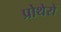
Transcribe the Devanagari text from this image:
प्रोथेरों